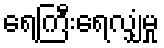
ရေကြီးရေလျှံမှု